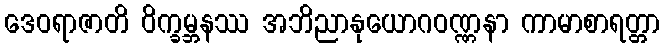
ဒေဝရာဇာတိ ဝိက္ခမ္ဘနဿ အဘိညာနုယောဂဝဏ္ဏနာ ကာမာစာရတ္တာ